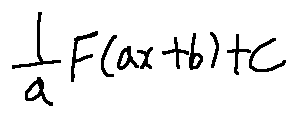
\frac { 1 } { a } F ( a x + b ) + C